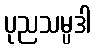
ပုညသမ္ပဒါ